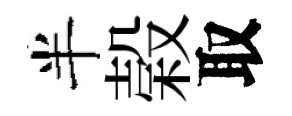
半榖取